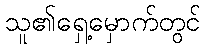
သူ၏ရှေ့မှောက်တွင်